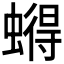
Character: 𮔹